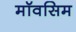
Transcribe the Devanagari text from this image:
मॉवसिम